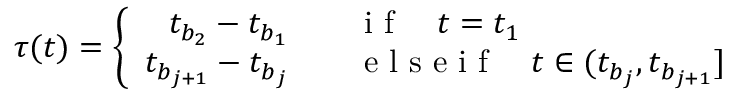
\tau ( t ) = \left\{ \begin{array} { r l } { t _ { b _ { 2 } } - t _ { b _ { 1 } } } & { { } \quad \mathrm { ~ i ~ f ~ } \quad t = t _ { 1 } } \\ { t _ { b _ { j + 1 } } - t _ { b _ { j } } } & { { } \quad \mathrm { ~ e ~ l ~ s ~ e ~ i ~ f ~ } \quad t \in ( t _ { b _ { j } } , t _ { b _ { j + 1 } } ] } \end{array} \right.